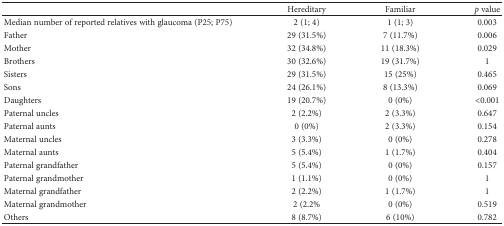
<table><thead><tr><td></td><td><b>Hereditary</b></td><td><b>Familiar</b></td><td><b><i>p</i> value</b></td></tr></thead><tbody><tr><td>Median number of reported relatives with glaucoma (P25; P75)</td><td>2 (1; 4)</td><td>1 (1; 3)</td><td>0.003</td></tr><tr><td>Father</td><td>29 (31.5%)</td><td>7 (11.7%)</td><td>0.006</td></tr><tr><td>Mother</td><td>32 (34.8%)</td><td>11 (18.3%)</td><td>0.029</td></tr><tr><td>Brothers</td><td>30 (32.6%)</td><td>19 (31.7%)</td><td>1</td></tr><tr><td>Sisters</td><td>29 (31.5%)</td><td>15 (25%)</td><td>0.465</td></tr><tr><td>Sons</td><td>24 (26.1%)</td><td>8 (13.3%)</td><td>0.069</td></tr><tr><td>Daughters</td><td>19 (20.7%)</td><td>0 (0%)</td><td>&lt;0.001</td></tr><tr><td>Paternal uncles</td><td>2 (2.2%)</td><td>2 (3.3%)</td><td>0.647</td></tr><tr><td>Paternal aunts</td><td>0 (0%)</td><td>2 (3.3%)</td><td>0.154</td></tr><tr><td>Maternal uncles</td><td>3 (3.3%)</td><td>0 (0%)</td><td>0.278</td></tr><tr><td>Maternal aunts</td><td>5 (5.4%)</td><td>1 (1.7%)</td><td>0.404</td></tr><tr><td>Paternal grandfather</td><td>5 (5.4%)</td><td>0 (0%)</td><td>0.157</td></tr><tr><td>Paternal grandmother</td><td>1 (1.1%)</td><td>0 (0%)</td><td>1</td></tr><tr><td>Maternal grandfather</td><td>2 (2.2%)</td><td>1 (1.7%)</td><td>1</td></tr><tr><td>Maternal grandmother</td><td>2 (2.2%</td><td>0 (0%)</td><td>0.519</td></tr><tr><td>Others</td><td>8 (8.7%)</td><td>6 (10%)</td><td>0.782</td></tr></tbody></table>